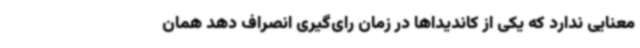
معنایی ندارد که یکی از کاندیداها در زمان رای‌گیری انصراف دهد همان